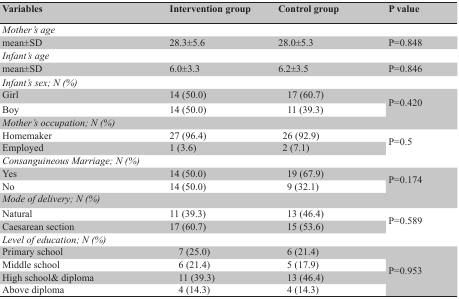
<table><thead><tr><td><b>Variables</b></td><td colspan="2"><b>Intervention group</b></td><td colspan="3"><b>Control group</b></td><td><b>P value</b></td></tr></thead><tbody><tr><td colspan="7"><i>Mother’s age</i></td></tr><tr><td> mean±SD </td><td colspan="2"> 28.3±5.6 </td><td colspan="3"> 28.0±5.3 </td><td> P=0.848 </td></tr><tr><td colspan="7"><i>Infant’s age</i></td></tr><tr><td> mean±SD </td><td colspan="2"> 6.0±3.3 </td><td colspan="3"> 6.2±3.5 </td><td> P=0.846 </td></tr><tr><td colspan="7"><i>Infant’s sex; N (%)</i></td></tr><tr><td> Girl </td><td colspan="4"> 14 (50.0) </td><td> 17 (60.7) </td><td rowspan="2"> P=0.420 </td></tr><tr><td> Boy </td><td colspan="4"> 14 (50.0) </td><td> 11 (39.3) </td></tr><tr><td colspan="7"><i>Mother’s occupation; N (%)</i></td></tr><tr><td> Homemaker </td><td colspan="3"> 27 (96.4) </td><td colspan="2"> 26 (92.9) </td><td rowspan="2"> P=0.5 </td></tr><tr><td> Employed </td><td colspan="3"> 1 (3.6) </td><td colspan="2"> 2 (7.1) </td></tr><tr><td colspan="7"><i>Consanguineous Marriage; N (%)</i></td></tr><tr><td> Yes </td><td colspan="4"> 14 (50.0) </td><td> 19 (67.9) </td><td rowspan="2"> P=0.174 </td></tr><tr><td> No </td><td colspan="4"> 14 (50.0) </td><td> 9 (32.1) </td></tr><tr><td colspan="7"><i>Mode of delivery; N (%)</i></td></tr><tr><td> Natural </td><td colspan="4"> 11 (39.3) </td><td> 13 (46.4) </td><td rowspan="2"> P=0.589 </td></tr><tr><td> Caesarean section </td><td colspan="4"> 17 (60.7) </td><td> 15 (53.6) </td></tr><tr><td colspan="7"><i>Level of education; N (%)</i></td></tr><tr><td colspan="2"> Primary school </td><td colspan="3"> 7 (25.0) </td><td> 6 (21.4) </td><td rowspan="4"> P=0.953 </td></tr><tr><td colspan="2"> Middle school </td><td colspan="3"> 6 (21.4) </td><td> 5 (17.9) </td></tr><tr><td colspan="2"> High school&amp; diploma </td><td colspan="3"> 11 (39.3) </td><td> 13 (46.4) </td></tr><tr><td colspan="2"> Above diploma </td><td colspan="3"> 4 (14.3) </td><td> 4 (14.3) </td></tr></tbody></table>